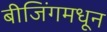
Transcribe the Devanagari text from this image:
बीजिंगमधून